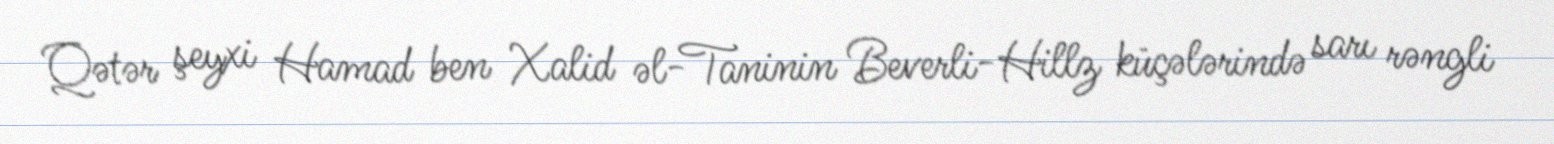
Qətər şeyxi Hamad ben Xalid əl-Taninin Beverli-Hillz küçələrində sarı rəngli